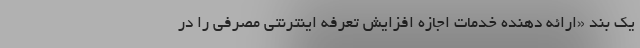
یک بند «ارائه دهنده خدمات اجازه افزایش تعرفه اینترنتی مصرفی را در